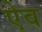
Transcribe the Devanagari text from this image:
ऐव